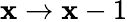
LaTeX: \mathbf{x}\rightarrow\mathbf{x}-1